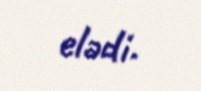
elədi.